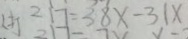
2 1 7 = 3 8 x - 3 1 x